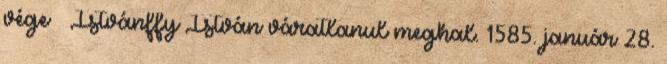
vége – Istvánffy István váratlanul meghal. 1585. január 28.